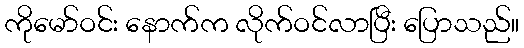
ကိုမော်ဝင်း နောက်က လိုက်ဝင်လာပြီး ပြောသည်။